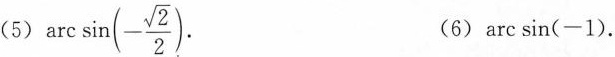
(5) $$\arcsin(- \frac{\sqrt{2}}{2})$$ (6) $$arcsin(-1)$$.